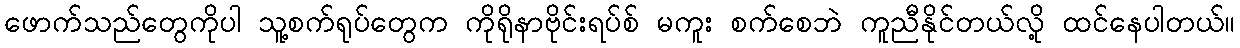
ဖောက်သည်တွေကိုပါ သူ့စက်ရုပ်တွေက ကိုရိုနာဗိုင်းရပ်စ် မကူး စက်စေဘဲ ကူညီနိုင်တယ်လို့ ထင်နေပါတယ်။